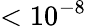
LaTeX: <10^{-8}